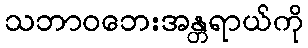
သဘာဝဘေးအန္တရာယ်ကို